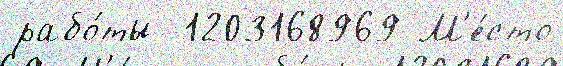
рабо́ты  1203168969 М'е́сто